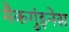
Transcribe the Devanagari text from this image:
मैकगुंइनेस